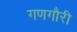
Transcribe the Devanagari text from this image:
गणगौरी